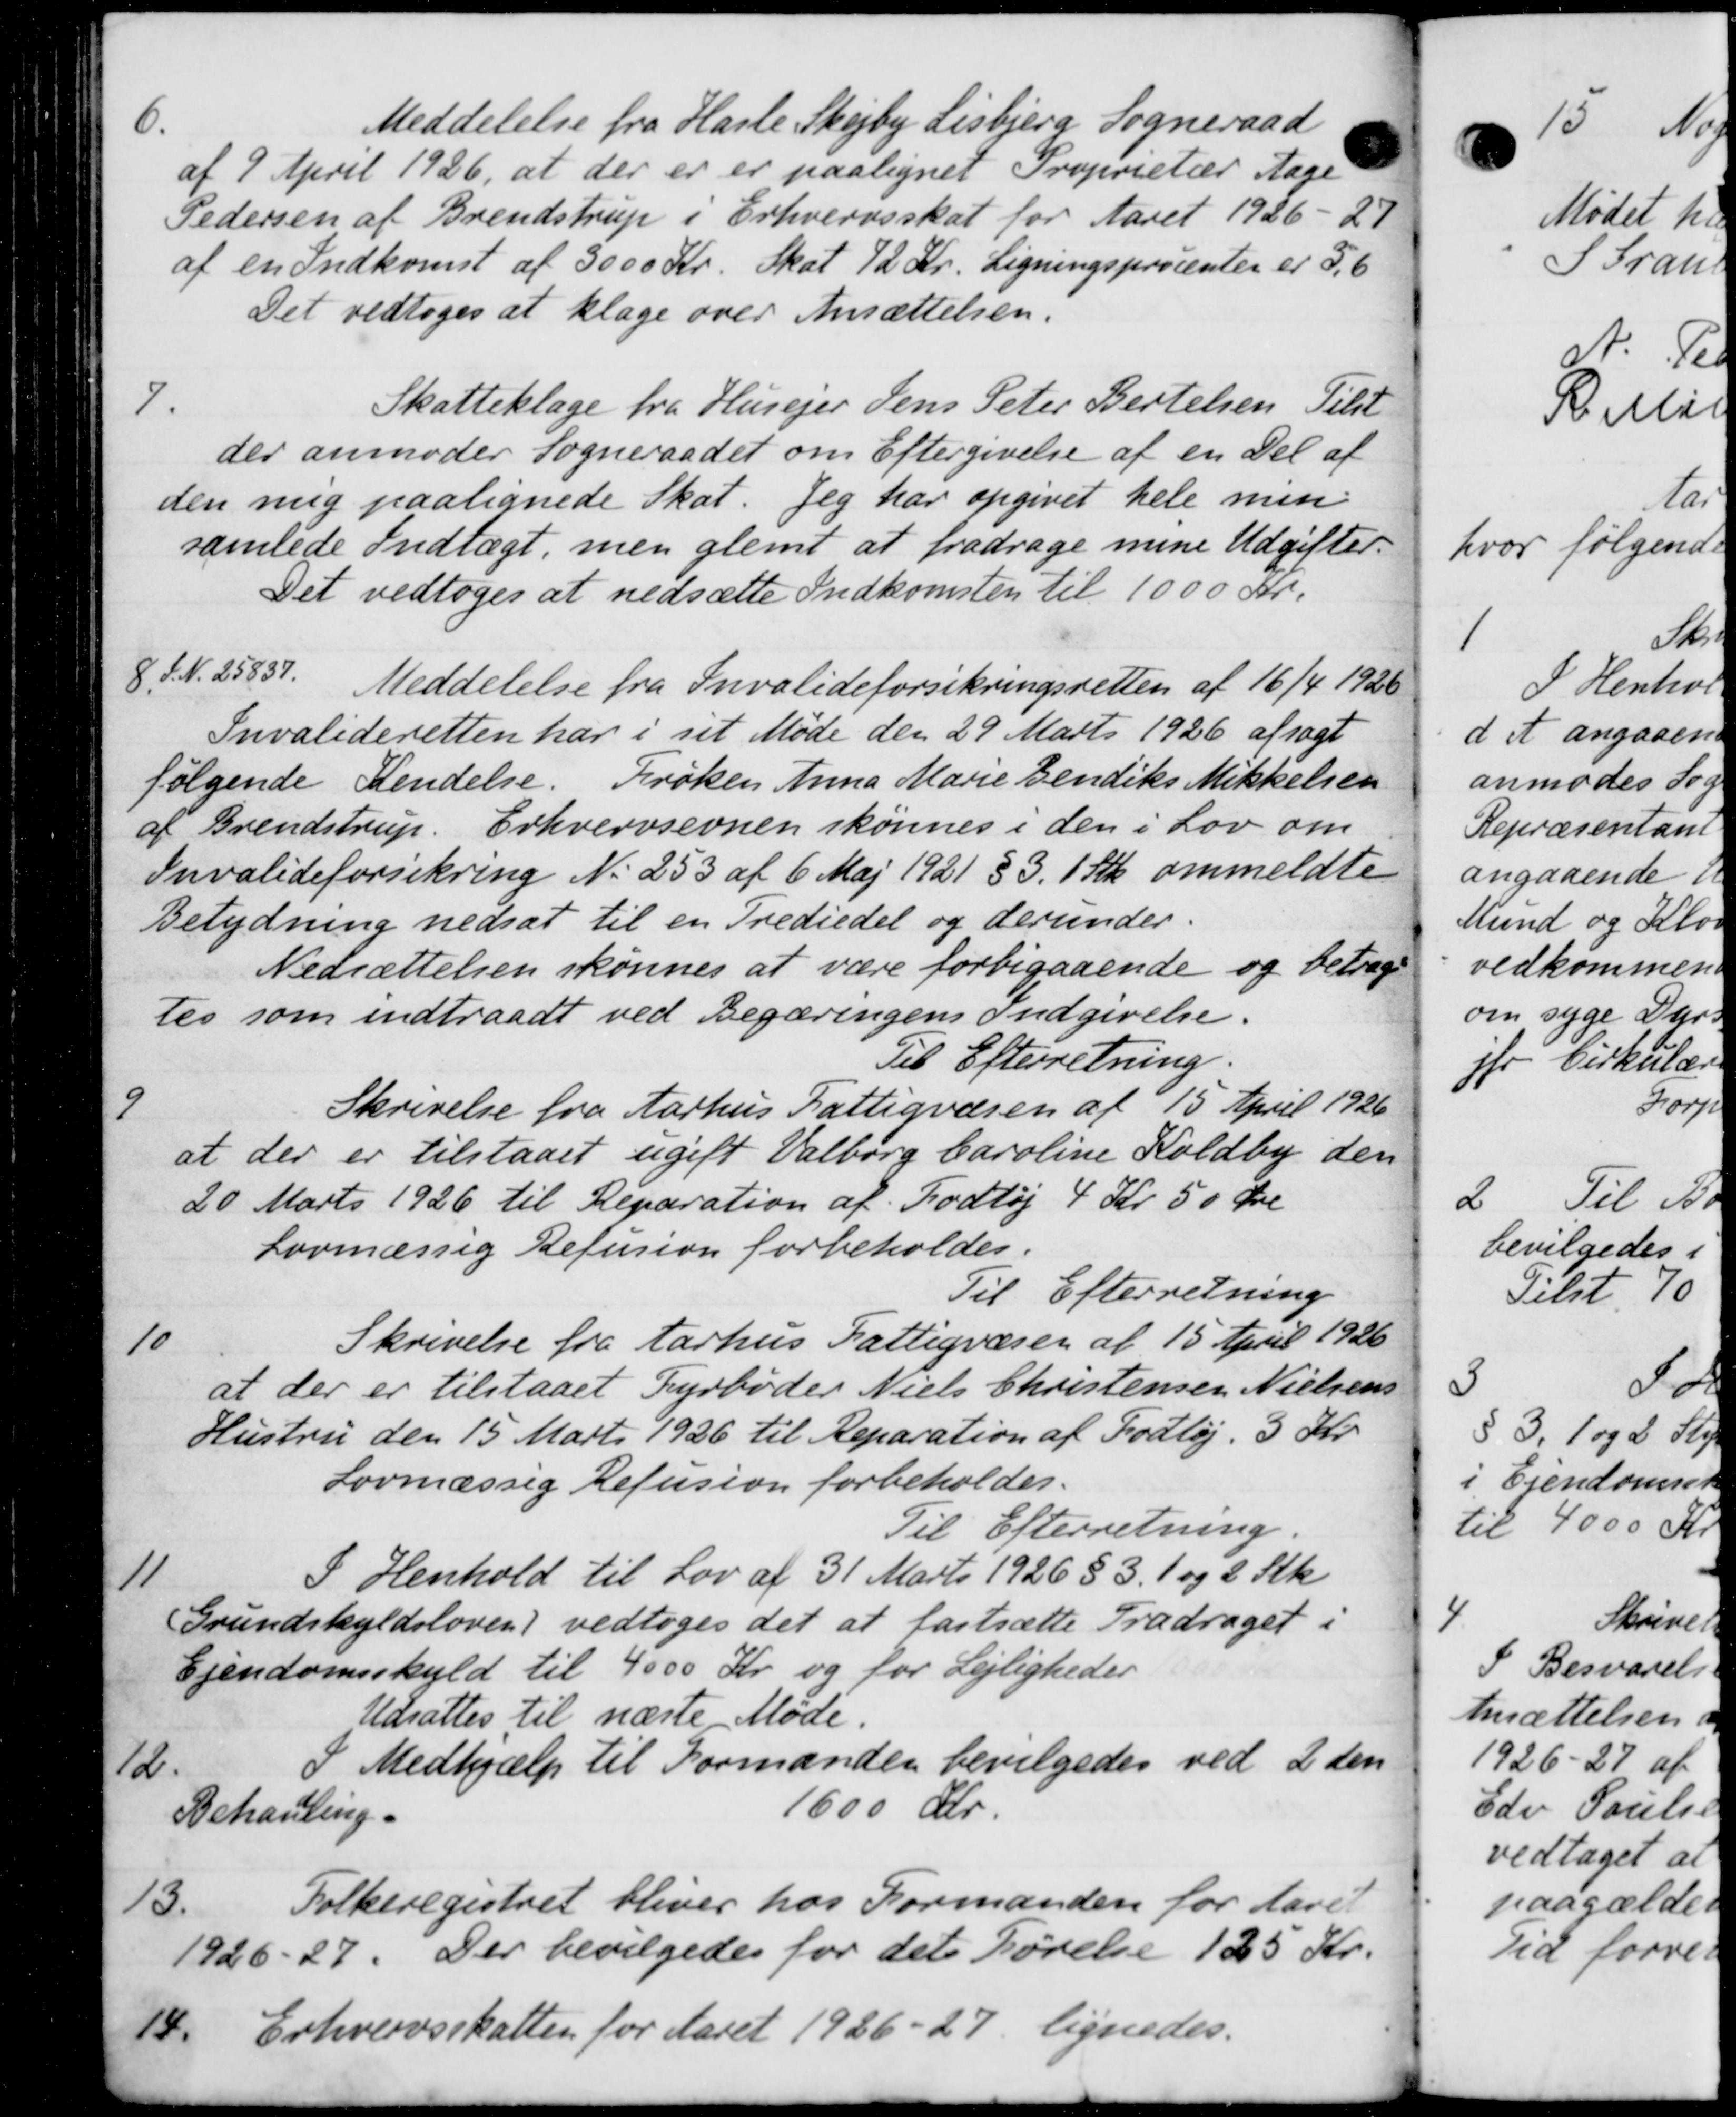
Transskription:
6.
Meddelelse fra Hasle Skejby Lisbjerg Sogneraad
af 9 April 1926, at der er er paalignet Proprietær Aage
Pedersen af Brendstrup i Erhvervsskat for Aaret 1926 - 27
af en Indkomst af 3000 Kr. Skat 12 Kr. Ligningsprocenter er 5,6
Det vedtoges at klage over Ansættelsen.
7.
Skatteklage fra Husejer Jens Peter Bertelsen Tilst
der anmoder Sogneraadet om Eftergivelse af en Del af
den mig paalignede Skat. Jeg har opgivet hele men
samlede Indtægt, men glemt at fradrage mine Udgifter.
Det vedtoges at nedsætte Indkomsten til 1000 Kr.
8.
S. N. 25837.
Meddelelse fra Invalideforsikringsretten af 16/4 1926
Invalideretten har i sit Møde den 29 Marts 1926 afsagt
følgende Kendelse. Frøken Anna Marie Bendiks Mikkelsen
af Brendstrup. Erhvervsevnen skønnes i den i Lov om
Invalideforsikring No 253 af 6 Maj 1921 § 3. 1 Stk. ommeldte
Betydning nedsat til en Trediedel og derunder-
Nedsættelsen skønnes at være forbigaaende og betrage
tes som indtraadt ved Begæringens Indgivelse.
Til Efterretning.
9.
Skrivelse fra Aarhus Fattigvæsen af 15 April 1926
at der er tilstaaet ugift Valborg Caroline Koldby den
20 Marts 1926 til Reparation af Fodtøj 4 Kr. 50 Øre
Lovmæssig Refusion forbeholdes.
Til Efterretning
10
Skrivelse fra Aarhus Fattigvæsen af 15 April 1926
at der er tilstaaet Fyrbøder Niels Christensen Nielsens
Hustru den 15 Marts 1926 til Reparation af Fodtøj. 5 Kr.
Lovmæssig Refusion forbeholdes.
Til Efterretning.
11
I Henhold til Lov af 31 Marts 1926 § 3. 1 og 2 Stk
Grundskyldsloven) vedtoges det at fastsætte Fradraget i
Ejendomsskyld til 4000 Kr. og for Lejligheder
Udsattes til næste Møde.
12.
I Medhjælp til Formanden bevilgedes ved 2 den
Behanling.
1600 Kr.
13.
Folkeregistret bliver hos Formanden for Aaret
1926-27. Der bevilgedes for det Førelse 125 Kr.
18. Erhvervsskatten for Aaret 1926-27, lignedes.

Sogn
1